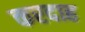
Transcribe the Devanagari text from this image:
करदाह